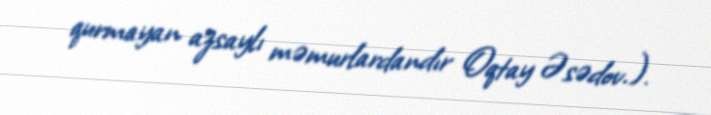
qurmayan azsaylı məmurlardandır Oqtay Əsədov.).